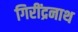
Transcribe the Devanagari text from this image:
गिरींद्रनाथ